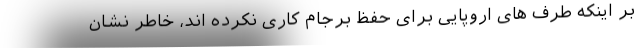
بر اینکه طرف های اروپایی برای حفظ برجام کاری نکرده اند، خاطر نشان